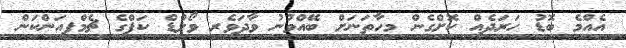
އެއްމެ ބޮޑު ހަރަދެއް ކޮށްގެން މިހާތަނަށް ބޭއްވުނު ވާދަވެރި ވޯލްޑް ކަޕްގެ ޗެމްޕިއަންކަން